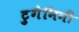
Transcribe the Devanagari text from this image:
ट्रुगैनिनी